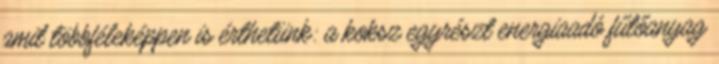
amit többféleképpen is érthetünk: a koksz egyrészt energiaadó fűtőanyag